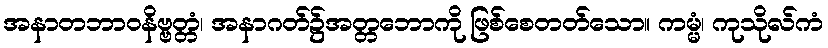
အနာတဘာဝနိဗ္ဗတ္တံ၊ အနာဂတ်၌အတ္တဘောကို ဖြစ်စေတတ်သော။ ကမ္မံ၊ ကုသိုလ်ကံ